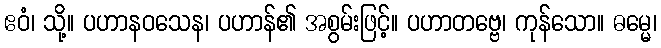
ဧဝံ၊ သို့။ ပဟာနဝသေန၊ ပဟာန်၏ အစွမ်းဖြင့်။ ပဟာတဗ္ဗေ၊ ကုန်သော။ ဓမ္မေ၊